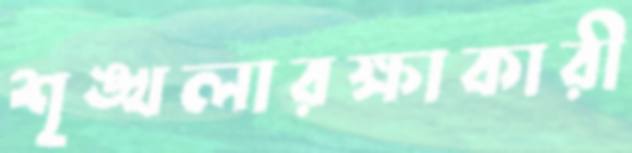
শৃঙ্খলারক্ষাকারী